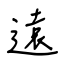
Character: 遠